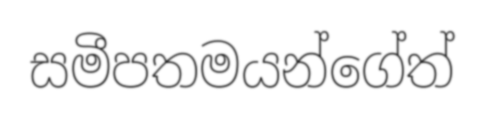
සමීපතමයන්ගේත්